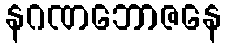
နဂဏဘောဇနေ